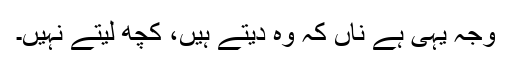
وجہ یہی ہے ناں کہ وہ دیتے ہیں، کچھ لیتے نہیں۔